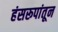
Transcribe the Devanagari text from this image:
हंसरूपांतून